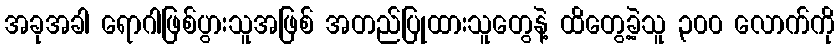
အခုအခါ ရောဂါဖြစ်ပွားသူအဖြစ် အတည်ပြုထားသူတွေနဲ့ ထိတွေ့ခဲ့သူ ၃၀၀ လောက်ကို